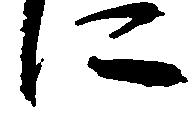
に